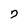
Character: 7